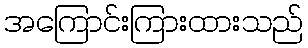
အကြောင်းကြားထားသည်